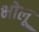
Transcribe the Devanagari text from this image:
भोलू